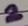
Text: 2